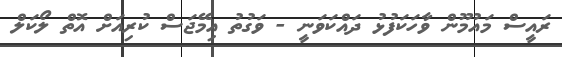
ރައީސް މައުމޫން ވާހަކަފުޅު ދައްކަވަނީ - ވަގުތު އިމޭޖަސް ކުރިއަށް އޮތް ލޯކަލް